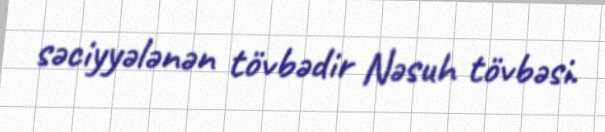
səciyyələnən tövbədir Nəsuh tövbəsi.